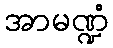
အာမဏ္ဍံ